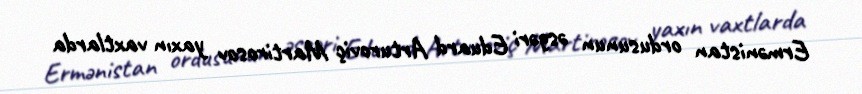
Ermənistan ordusunun əsgəri Eduard Arturoviç Martirosov yaxın vaxtlarda